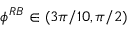
\phi ^ { R B } \in ( 3 \pi / 1 0 , \pi / 2 )